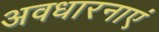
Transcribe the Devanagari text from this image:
अवधारनाएं